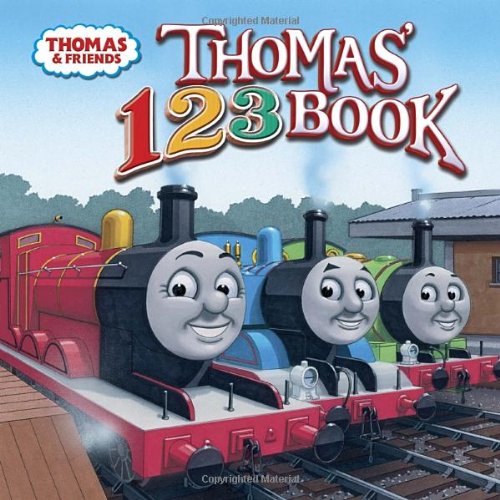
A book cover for Thomas' 123 Book (Thomas & Friends) (Pictureback(R)); Rev. W. Awdry; Children's Books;